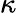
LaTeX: \mathcal{\kappa}